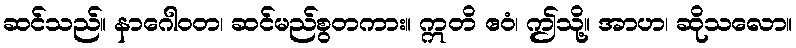
ဆင်သည်။ နာဂေါဝတ၊ ဆင်မည်စွတကား။ ဣတိ ဧဝံ၊ ဤသို့။ အာဟ၊ ဆိုသလော။